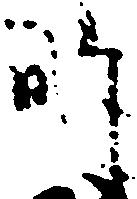
師